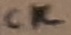
Text: CK